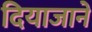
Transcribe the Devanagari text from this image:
दियाजाने